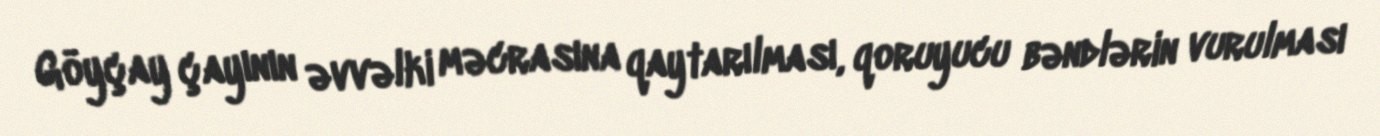
Göyçay çayının əvvəlki məcrasına qaytarılması, qoruyucu bəndlərin vurulması